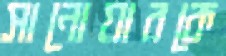
সানোয়ারকে